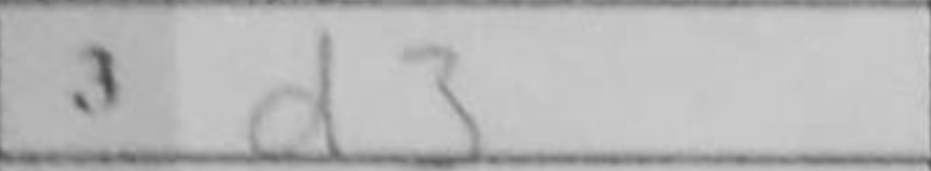
Transcription: d3